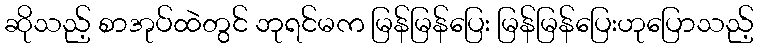
ဆိုသည့် စာအုပ်ထဲတွင် ဘုရင်မက မြန်မြန်ပြေး မြန်မြန်ပြေးဟုပြောသည့်